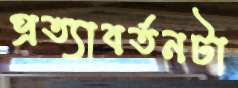
প্রত্যাবর্তনটা